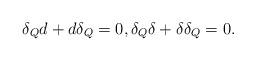
LaTeX: \begin{gather*}\delta_Q d+d\delta_Q=0 ,\delta_Q \delta+\delta\delta_Q=0 .\end{gather*}